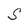
Character: S